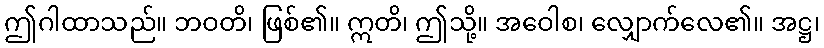
ဤဂါထာသည်။ ဘဝတိ၊ ဖြစ်၏။ ဣတိ၊ ဤသို့။ အဝေါစ၊ လျှောက်လေ၏။ အဋ္ဌ၊